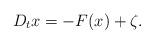
LaTeX: \begin{align*} D_tx = -F(x) + \zeta.\end{align*}